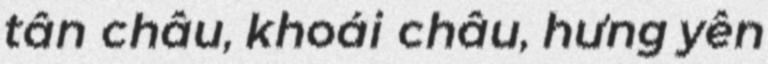
tân châu, khoái châu, hưng yên